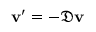
\mathbf { v } ^ { \prime } = - { \mathfrak { D } } \mathbf { v }